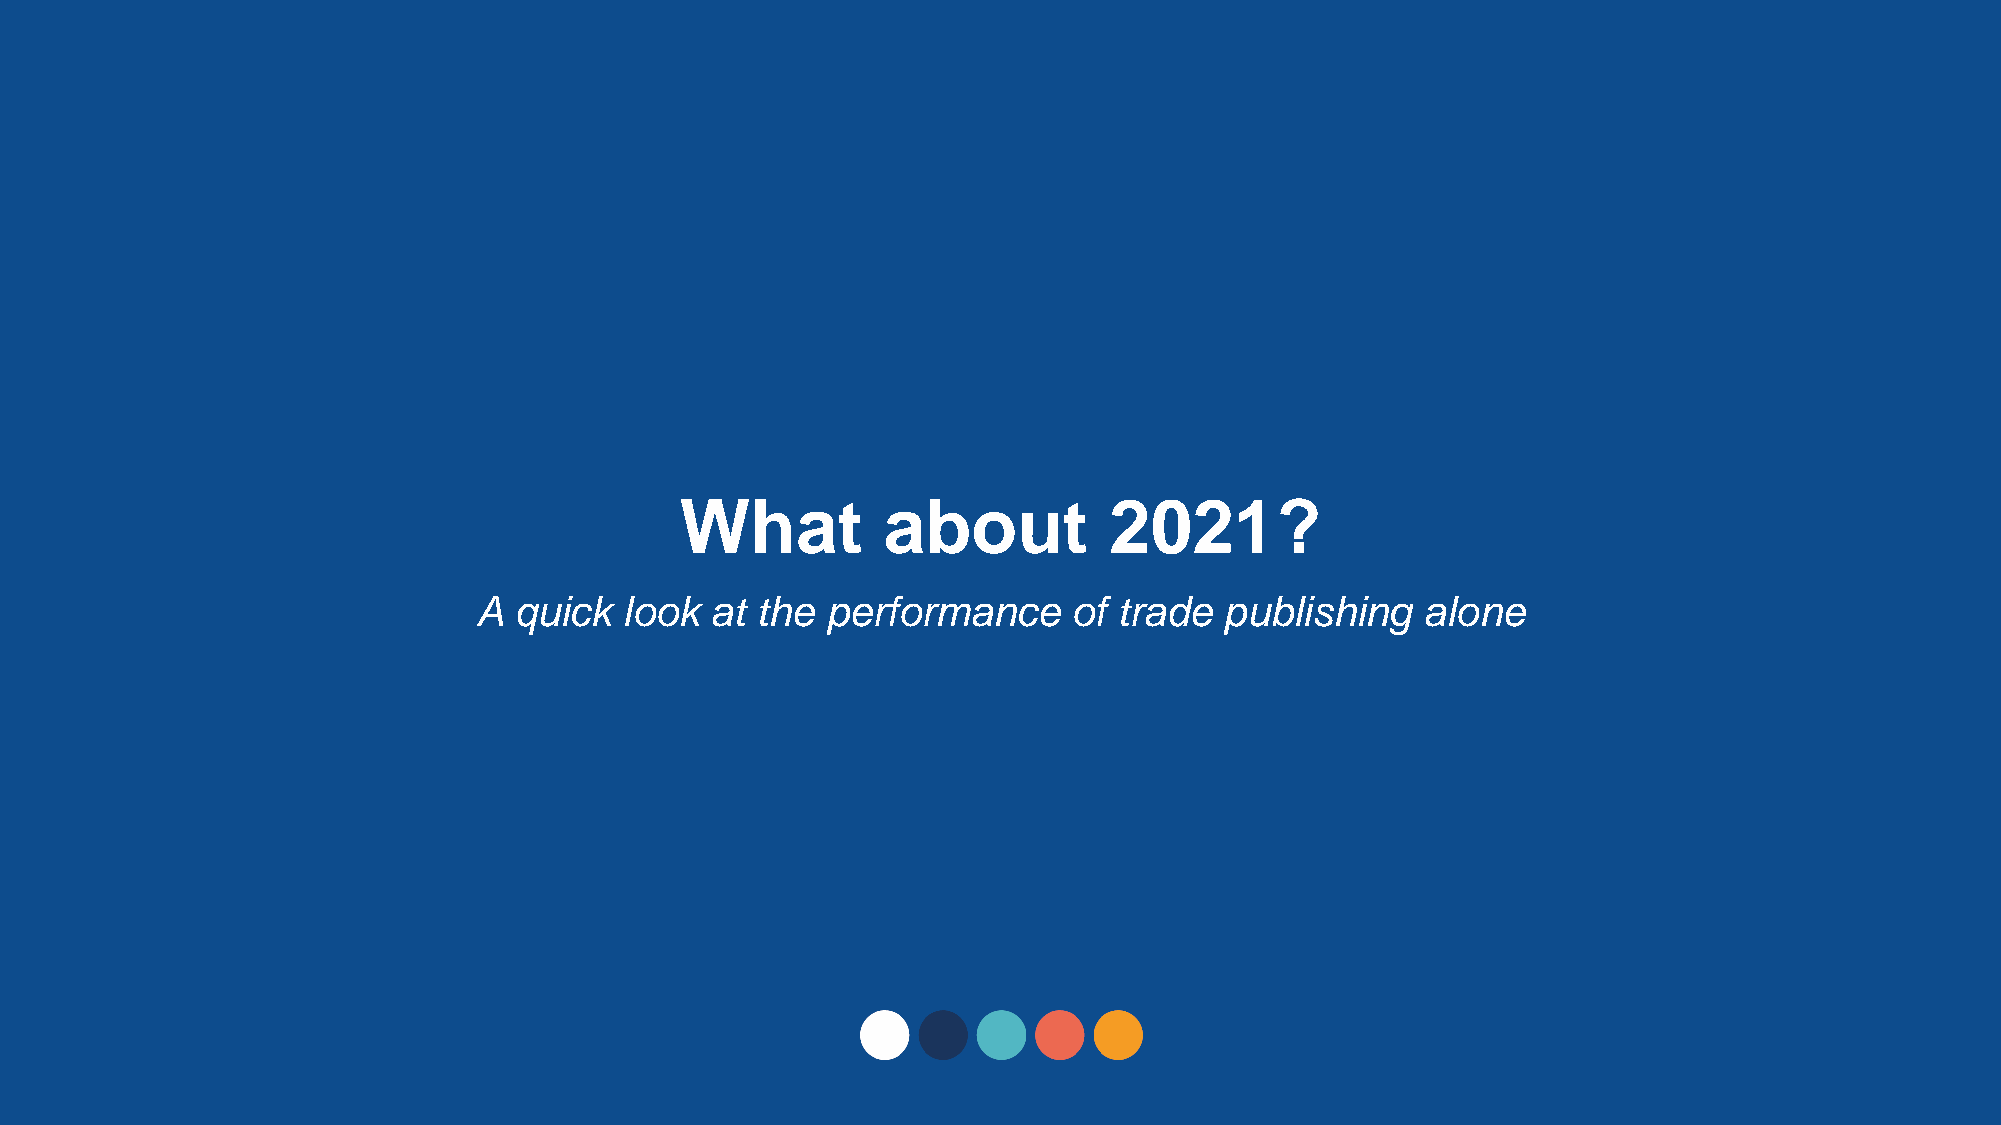
What         about          2021?
 A  quick  look  at the  performance     of trade  publishing   alone